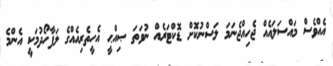
އެއްވެސް މައްސަލައެއް ޖެހިއްޖެނަމަ ލަސްނުކޮށް ޑޮކްޓަރެއް ނުވަތަ ޞިއްޙީ އެހީތެރިއެއްގެ ލަފާހޯދުމަކީ އެންމެ